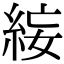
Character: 𥿺